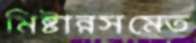
মিষ্টান্নসমেত